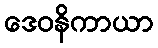
ဒေဝနိကာယာ